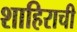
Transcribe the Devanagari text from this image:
शाहिराची